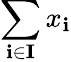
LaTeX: \sum_{\mathbf{i}\in\mathbf{{I}}}x_{\mathbf{i}}